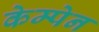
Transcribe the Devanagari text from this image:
केम्पेन